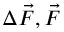
\Delta \vec { F } , \vec { F }